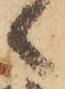
候